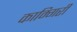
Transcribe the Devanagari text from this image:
काम्गिरी